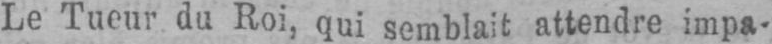
Le Tueur du Roi, qui semblait attendre impa-